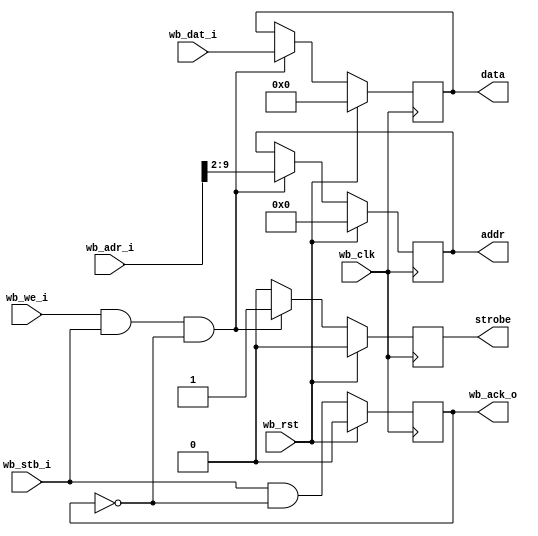
//
// Copyright 2011 Ettus Research LLC
//
// This program is free software: you can redistribute it and/or modify
// it under the terms of the GNU General Public License as published by
// the Free Software Foundation, either version 3 of the License, or
// (at your option) any later version.
//
// This program is distributed in the hope that it will be useful,
// but WITHOUT ANY WARRANTY; without even the implied warranty of
// MERCHANTABILITY or FITNESS FOR A PARTICULAR PURPOSE.  See the
// GNU General Public License for more details.
//
// You should have received a copy of the GNU General Public License
// along with this program.  If not, see <http://www.gnu.org/licenses/>.
//


// Grab settings off the wishbone bus, send them out to our simpler bus on the fast clock

module settings_bus
  #(parameter AWIDTH=16, parameter DWIDTH=32)
    (input wb_clk, 
     input wb_rst, 
     input [AWIDTH-1:0] wb_adr_i,
     input [DWIDTH-1:0] wb_dat_i,
     input wb_stb_i,
     input wb_we_i,
     output reg wb_ack_o,
     output reg strobe,
     output reg [7:0] addr,
     output reg [31:0] data);

   reg 	    stb_int, stb_int_d1;
   
   always @(posedge wb_clk)
     if(wb_rst)
       begin
	  strobe <= 1'b0;
	  addr <= 8'd0;
	  data <= 32'd0;
       end
     else if(wb_we_i & wb_stb_i & ~wb_ack_o)
       begin
	  strobe <= 1'b1;
	  addr <= wb_adr_i[9:2];
	  data <= wb_dat_i;
       end
     else
       strobe <= 1'b0;

   always @(posedge wb_clk)
     if(wb_rst)
       wb_ack_o <= 0;
     else
       wb_ack_o <= wb_stb_i & ~wb_ack_o;

endmodule // settings_bus